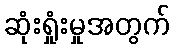
ဆုံးရှုံးမှုအတွက်